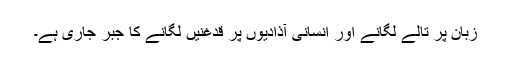
زبان پر تالے لگانے اور انسانی آذادیوں پر قدغنیں لگانے کا جبر جاری ہے۔